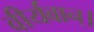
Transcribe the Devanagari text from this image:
वीर्यवान्।